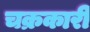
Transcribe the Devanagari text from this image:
चक्रकारी